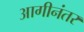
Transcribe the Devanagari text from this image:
आगीनंतर